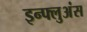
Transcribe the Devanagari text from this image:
इन्फ्लुअंस